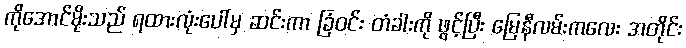
ကိုအောင်မိုးသည် ရထားလုံးပေါ်မှ ဆင်းကာ ခြံဝင်း တံခါးကို ဖွင့်ပြီး မြေနီလမ်းကလေး အတိုင်း